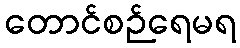
တောင်စဉ်ရေမရ